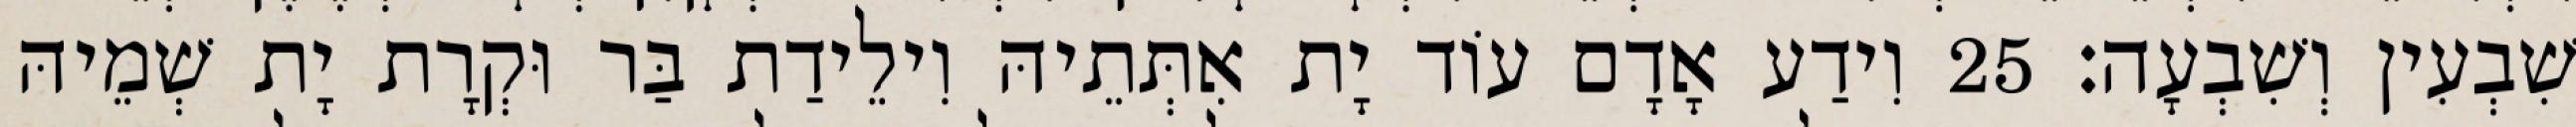
שִׁבְעִין וְשִׁבְעָה׃ 25 וִידַע אָדָם עוֹד יָת אִתְּתֵיהּ וִילֵידַת בַּר וּקְרָת יָת שְׁמֵיהּ